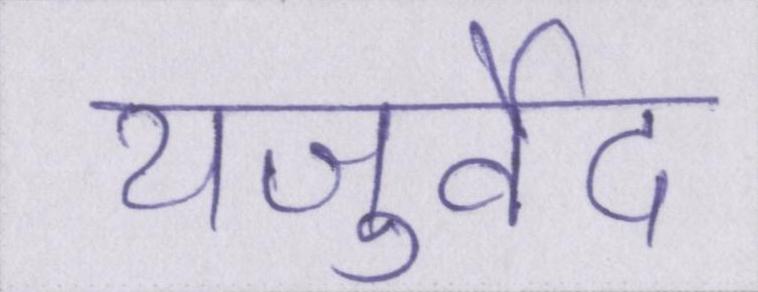
यजुर्वेद